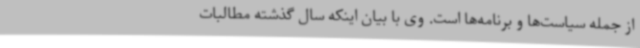
از جمله سیاست‌ها و برنامه‌ها است. وی با بیان اینکه سال گذشته مطالبات